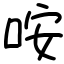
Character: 咹